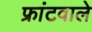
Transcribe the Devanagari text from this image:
फ्रांटवाले